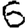
Digit: 6